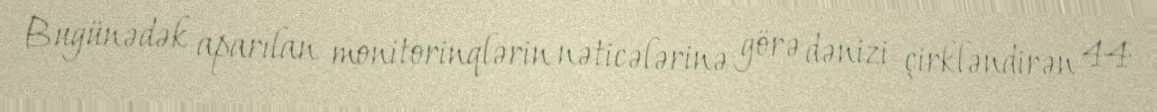
Bugünədək aparılan monitorinqlərin nəticələrinə görə dənizi çirkləndirən 44